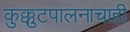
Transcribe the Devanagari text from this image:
कुक्कुटपालनाचाही